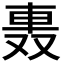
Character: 𨋌